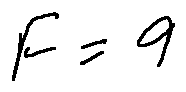
F = 9